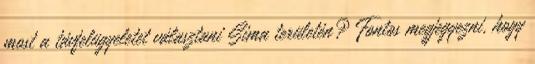
most a távfelügyeletet választani Sima területén? Fontos megjegyezni, hogy